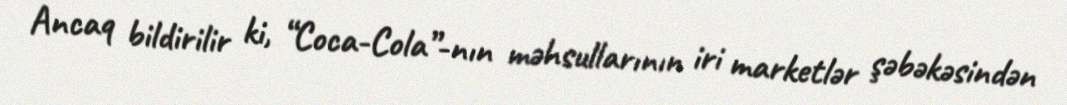
Ancaq bildirilir ki, “Coca-Cola”-nın məhsullarının iri marketlər şəbəkəsindən